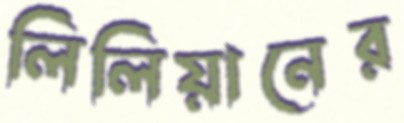
লিলিয়ানের